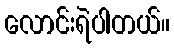
လောင်းရဲပါတယ်။